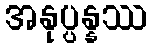
အနုပ္ပန္နဿ